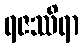
ရဇဿိရာ